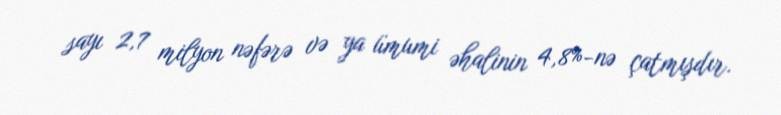
sayı 2,7 milyon nəfərə və ya ümumi əhalinin 4,8%-nə çatmışdır.